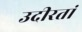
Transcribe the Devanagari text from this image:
उदीरतां